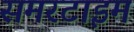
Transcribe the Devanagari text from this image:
समरटाइम